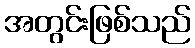
အတွင်းဖြစ်သည်